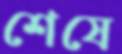
শেষে